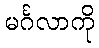
မင်္ဂလာကို